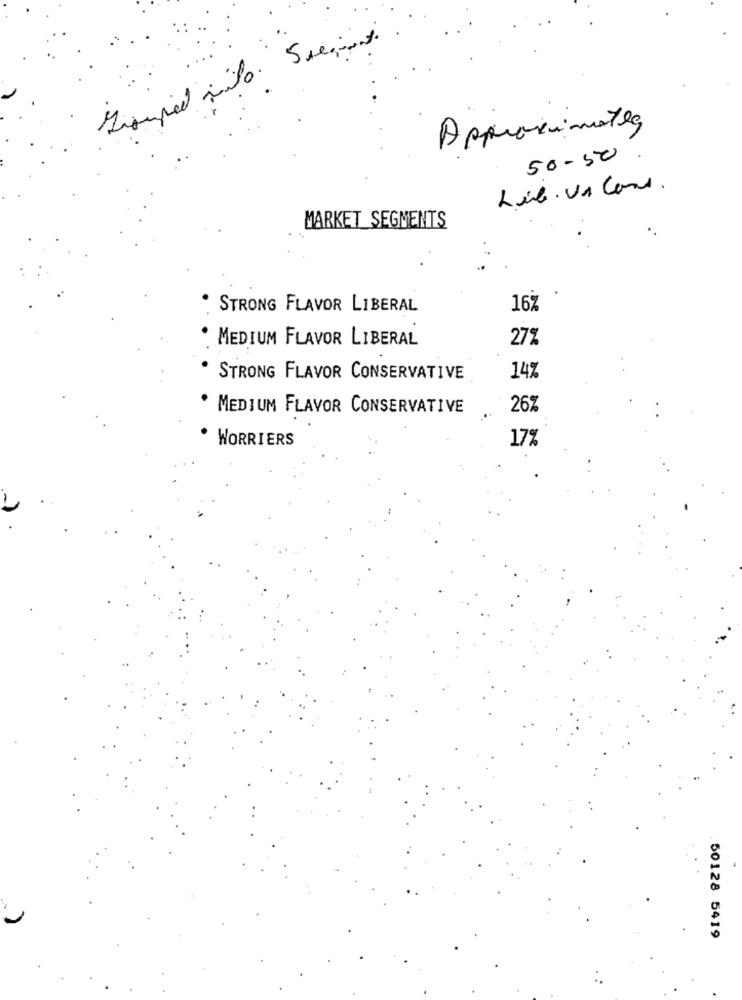
Approximatea
50-50
Lib. Vi Cons.
MARKET SEGMENTS
STRONG FLAVOR LIBERAL
16%
MEDIUM FLAVOR LIBERAL
27%
STRONG FLAVOR CONSERVATIVE
14%
MEDIUM FLAVOR CONSERVATIVE
26%
WORRIERS
17%
50128 5419